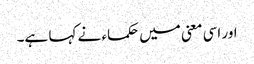
اور اسی معنی میں حکماء نے کہا ہے۔